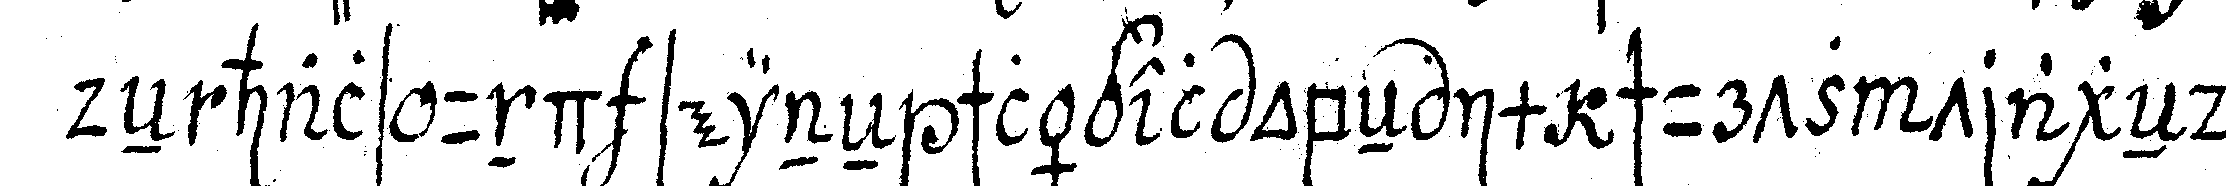
deN hals und seineN schlägel obeN im schurtz trageNd